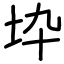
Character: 𡉻